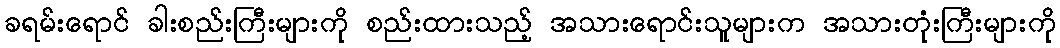
ခရမ်းရောင် ခါးစည်းကြီးများကို စည်းထားသည့် အသားရောင်းသူများက အသားတုံးကြီးများကို